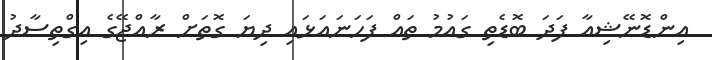
އިންޑޮނޭޝިއާ ފަދަ ބޮޑެތި ގައުމު ތައް ފަހަނައަޅައި ދިޔަ ގޮތަށް ރާއްޖޭގެ އިގްތިސާދު